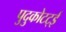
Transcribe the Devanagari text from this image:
पुदुकोटट्ई